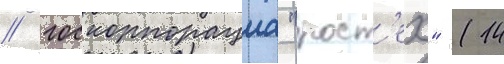
/ госкорпорациа "рост'ех" (14